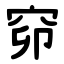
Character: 窌